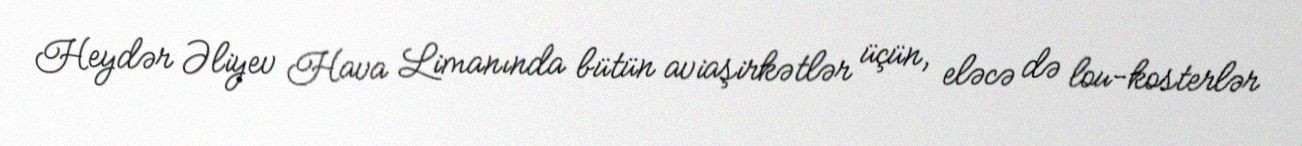
Heydər Əliyev Hava Limanında bütün aviaşirkətlər üçün, eləcə də lou-kosterlər